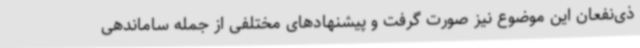
ذی‌نفعان این موضوع نیز صورت گرفت و پیشنهادهای مختلفی از جمله ساماندهی